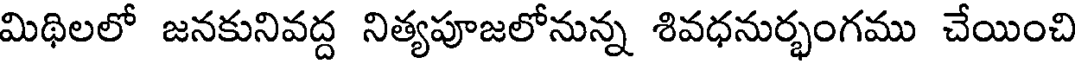
మిథిలలో జనకునివద్ద నిత్యపూజలోనున్న శివధనుర్భంగము చేయించి